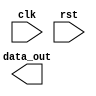
module reset_logic (
    input wire clk,
    input wire rst,
    output reg [7:0] data_out
);

reg [7:0] internal_reg;

always @(negedge rst) begin
    internal_reg <= 8'b0; // Reset internal register to 0 on falling edge of reset signal
end

always @(posedge clk) begin
    // Your logic here
end

endmodule